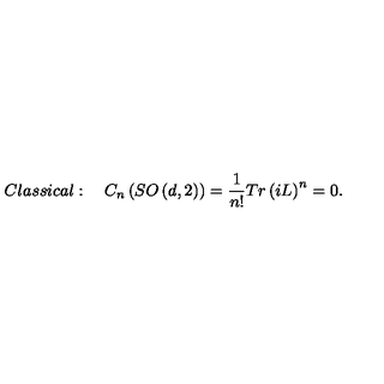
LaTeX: C l a s s i c a l : \quad C _ { n } \left( S O \left( d , 2 \right) \right) = \frac { 1 } { n ! } T r \left( i L \right) ^ { n } = 0 .